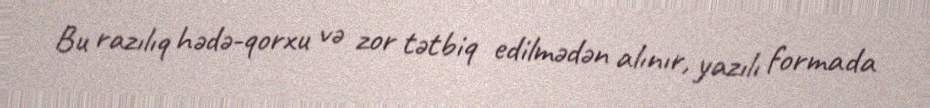
Bu razılıq hədə-qorxu və zor tətbiq edilmədən alınır, yazılı formada